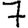
Digit: 7